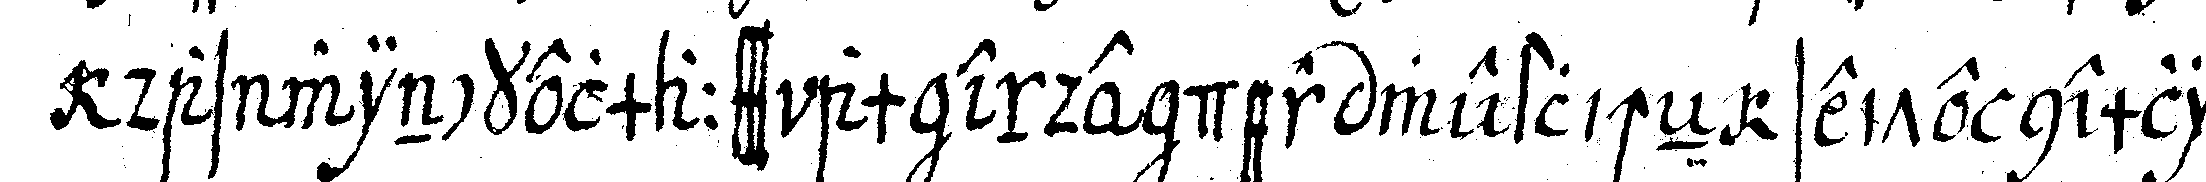
das winckelmaass am ende der westlicheN seite nemlich